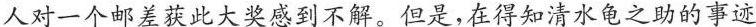
人对一个邮差获此大奖感到不解。但是，在得知清水龟之助的事迹